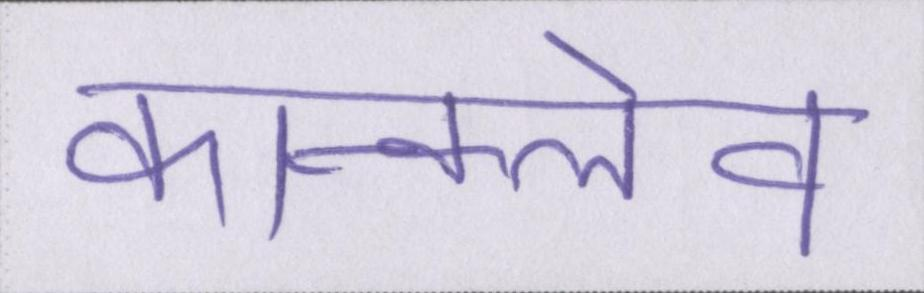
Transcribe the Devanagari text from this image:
कॉन्क्लेव